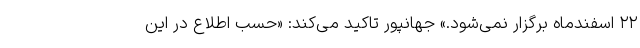
۲۲ اسفندماه برگزار نمی‌شود.» جهانپور تاکید می‌کند: «حسب اطلاع در این